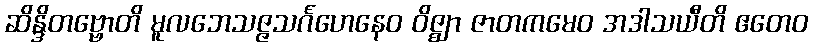
ဆိန္ဒိတဗ္ဗောတိ မူလဘေသဇ္ဇသင်္ဂဟေနေဝ ဝိဇ္ဈာ ဇာတကမေဝ အဒါသယီတိ ဧတေဝ